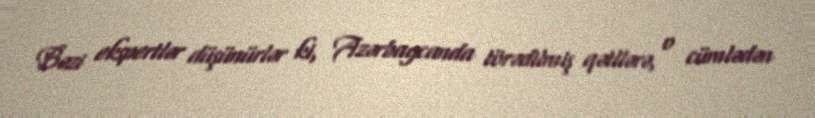
Bəzi ekspertlər düşünürlər ki, Azərbaycanda törədilmiş qətllərə, o cümlədən